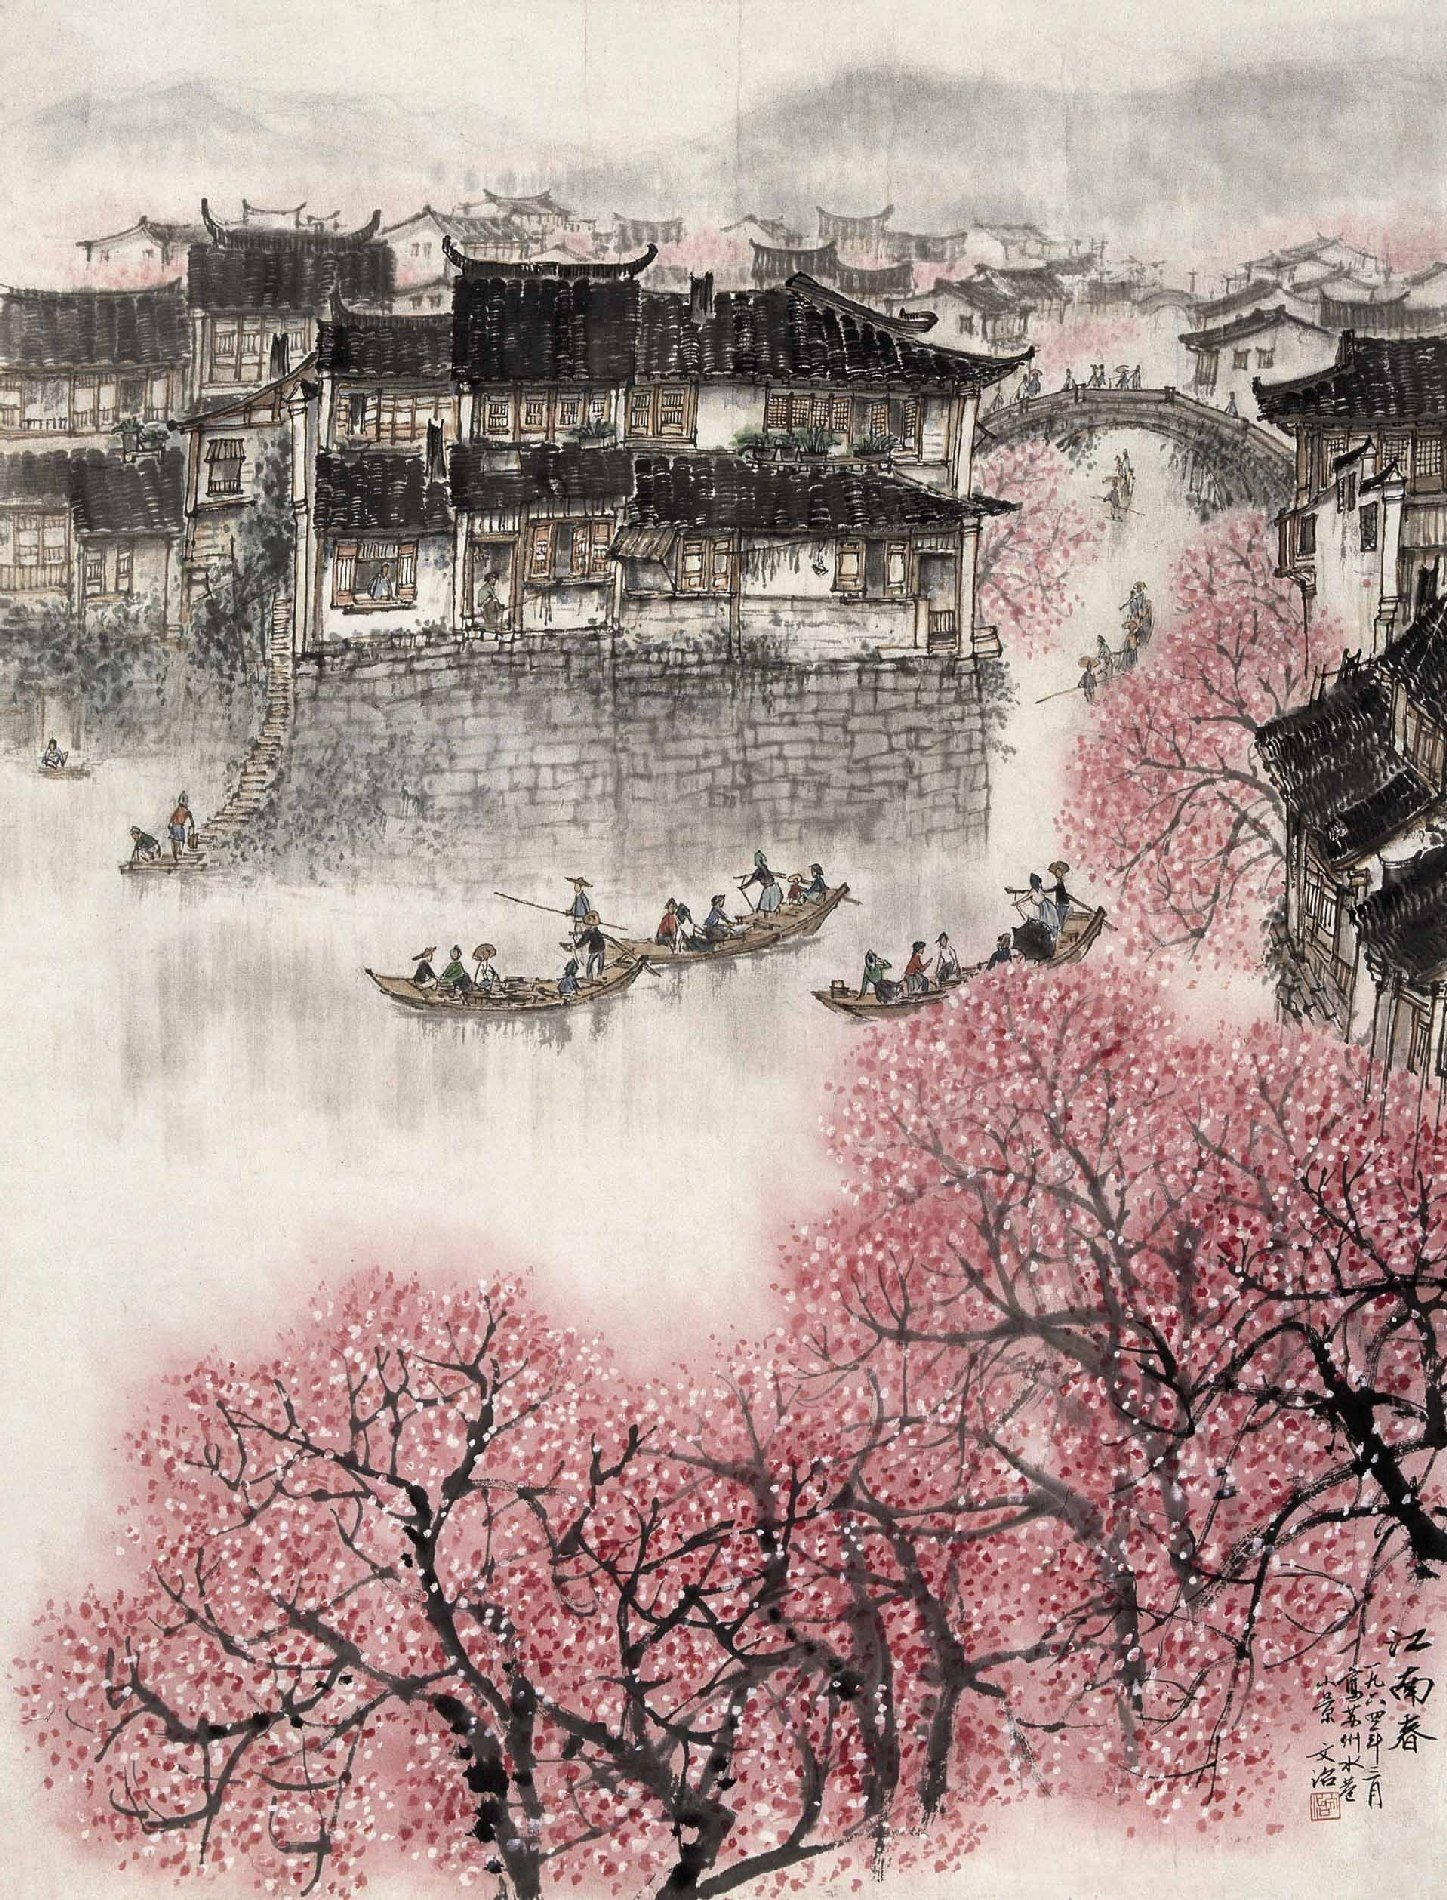
南朝四百八十寺，多少楼台烟雨中。